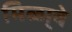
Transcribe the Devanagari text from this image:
मिळा्वे